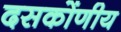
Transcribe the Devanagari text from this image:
दसकोंणीय